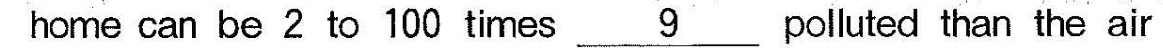
home can be 2 to 100 times \underline{9} polluted than the